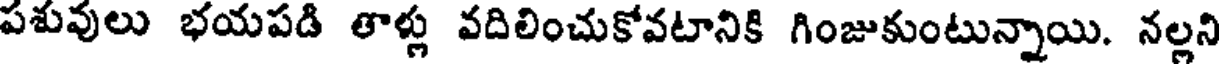
పశువులు భయపడి తాళ్లు వదిలించుకోవటానికి గింజుకుంటున్నాయి. నల్లని